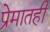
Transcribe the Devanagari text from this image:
प्रेमातही